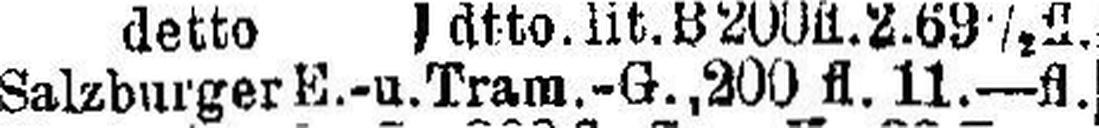
Salzburger E.-u. Tram.-G., 200 fl. 11.—fl.